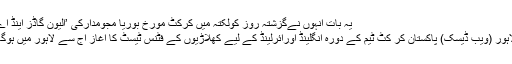
یہ بات انہوں نےگزشتہ روز کولکتہ میں کرکٹ مورخ بوریا مجومدارکی ’الیون گاڈز اینڈ اے
لاہور (ویب ڈیسک) پاکستان کر کٹ ٹیم کے دورہ انگلینڈ اورآئرلینڈ کے لیے کھلاڑیوں کے فٹنس ٹیسٹ کا آغاز آج سے لاہور میں ہوگا۔